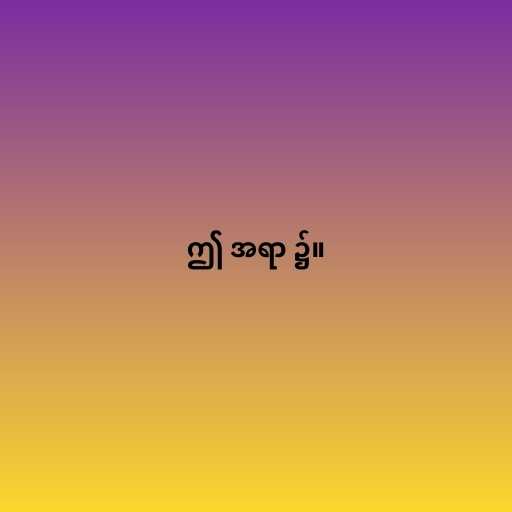
ဤ အရာ ၌။